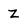
Character: z